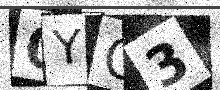
Text: 0YQ3